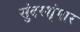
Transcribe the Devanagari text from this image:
सुंदरशृंगार